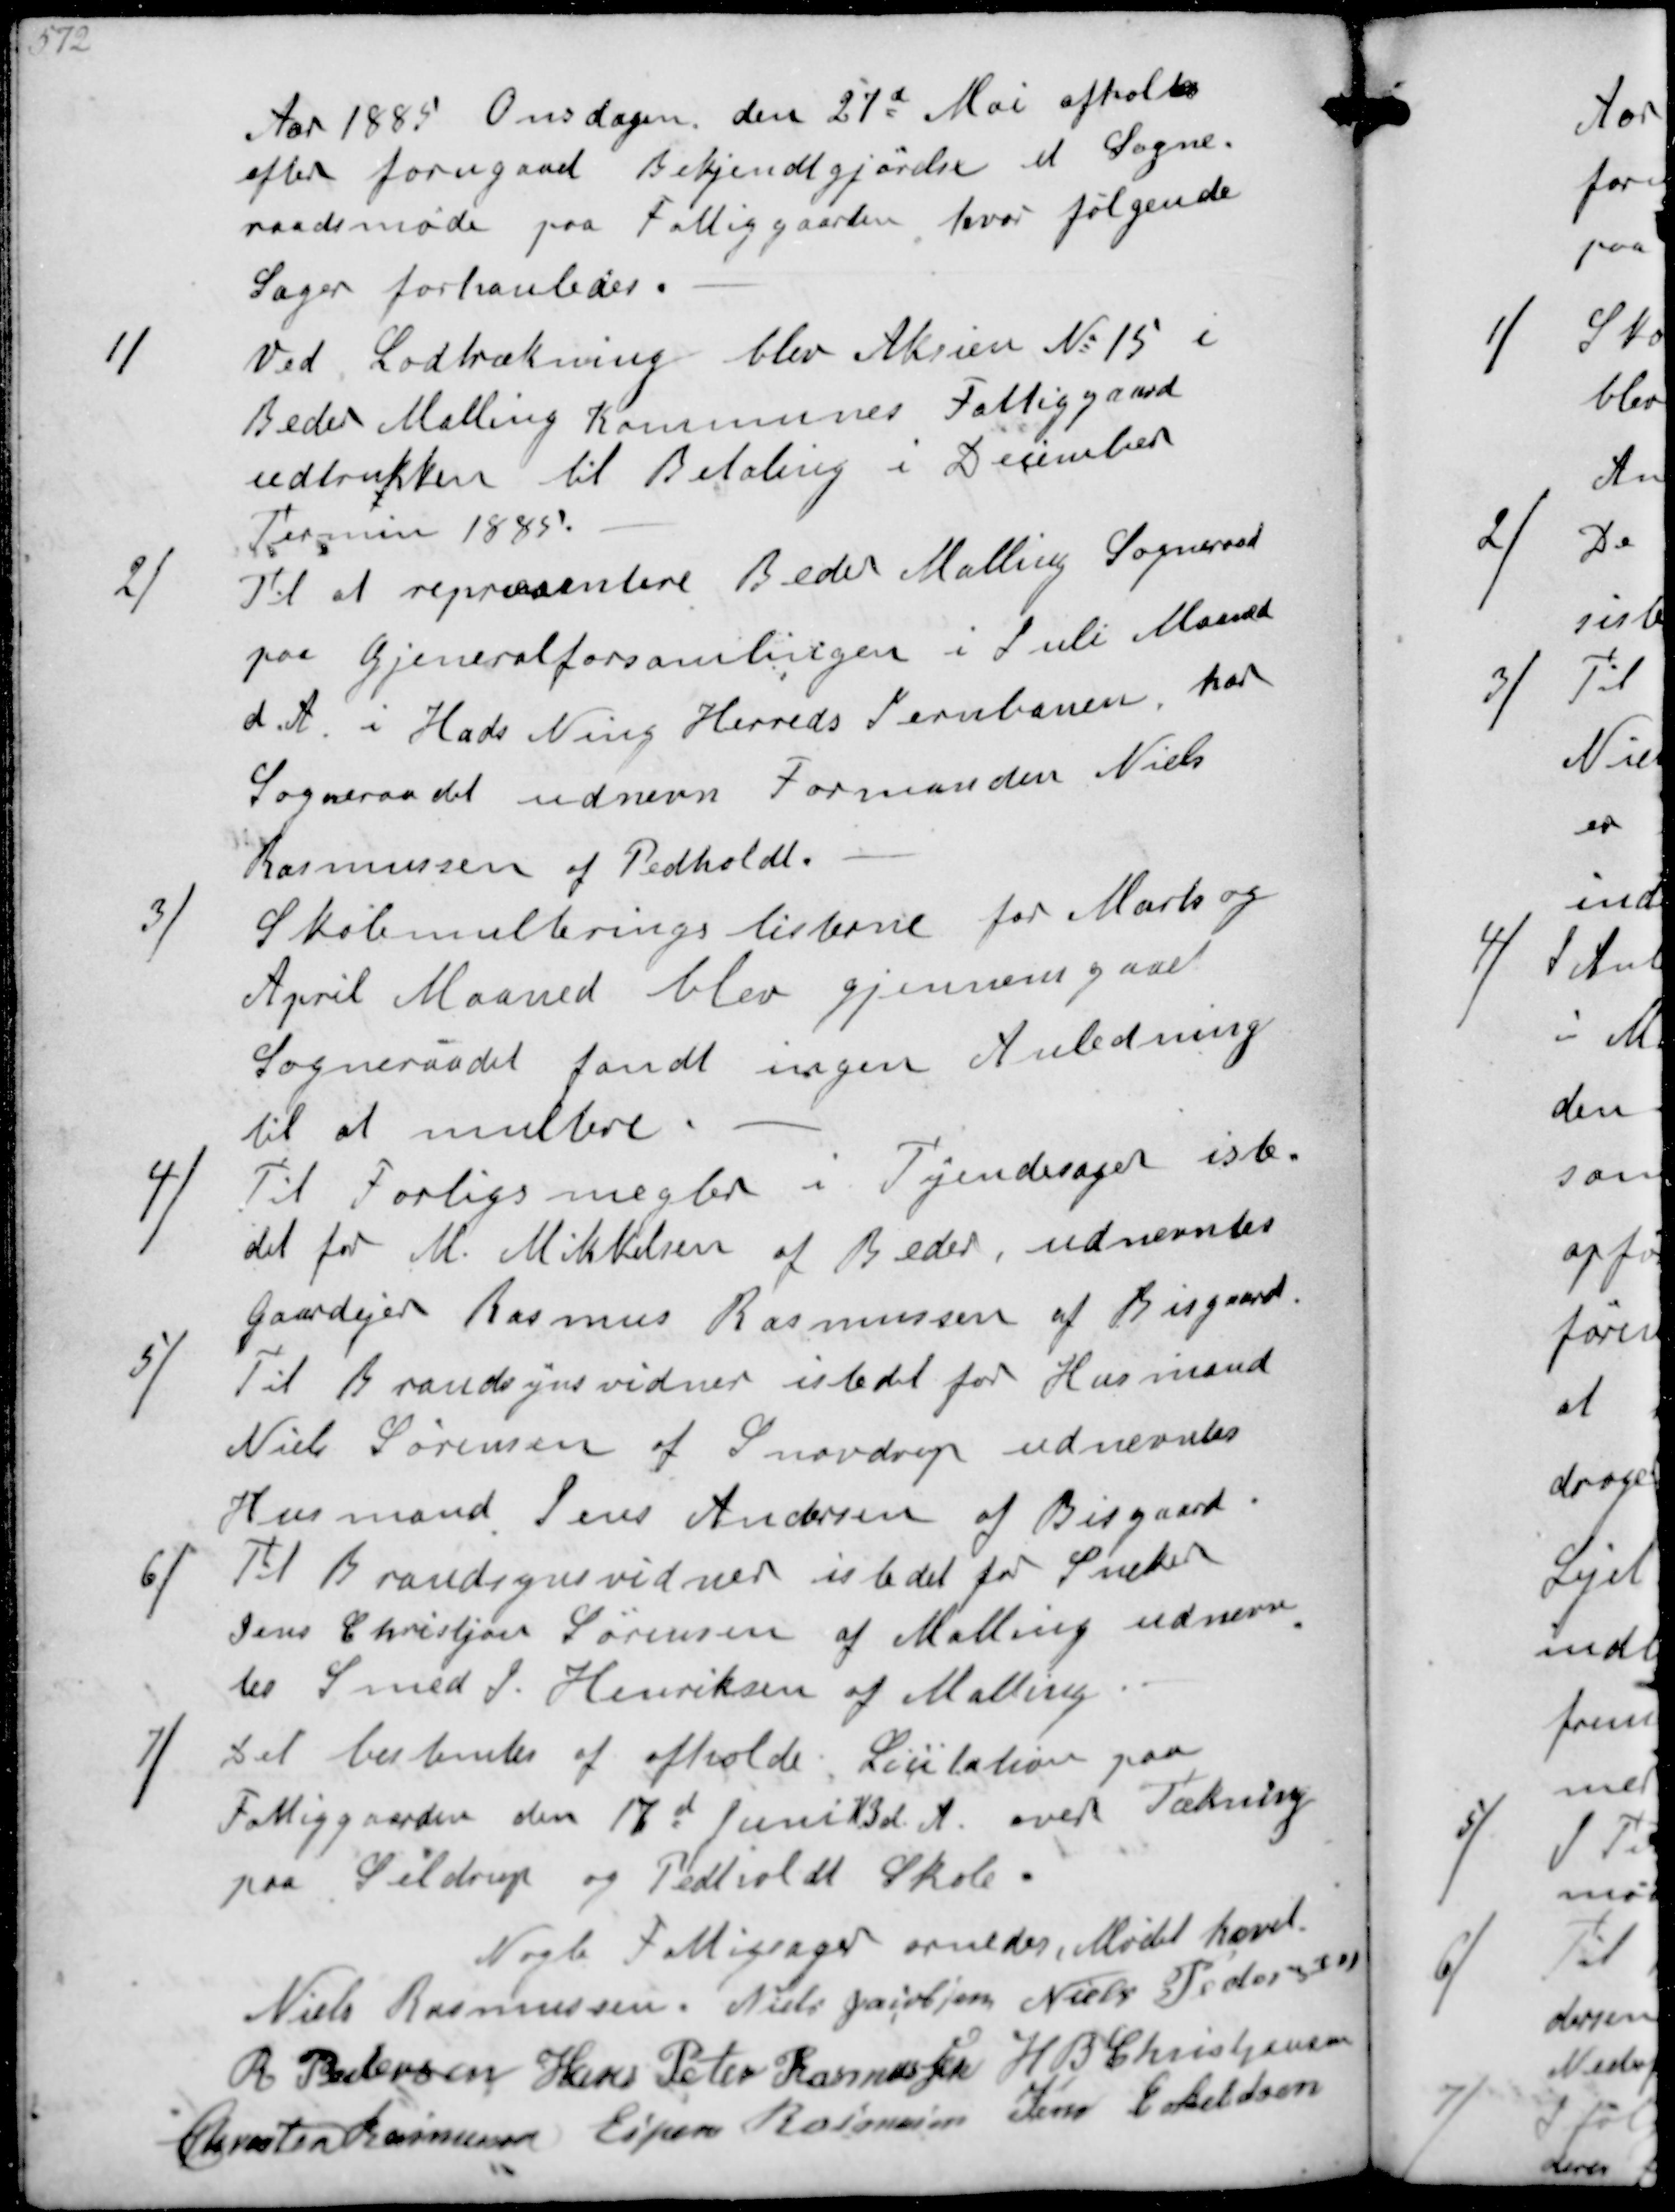
Transskription:
Aar 185 Onsdagen den 27d Mai afholtes
efter forugaaet Bekjendtgørelse et Sogne-
raadsmøde paa Fattiggaarden, hvor følgende
Sager forhanledes
1/
Ved Lodtrækning blev Aksien No 15 i
Beder Malling Kommunes Fattiggaard
udtrukken til Betaling i December
Termin 1885
2/
Til at repræsentere Beder Malling Sogneraad
paa Gjeneralforsamlingen i Juli Maaned
dette Aar i Hads Ning Herreds Jernbanen, har
Sogneraadet udnevn Formanden Niels
Rasmussen af Pedholdt
3/
Skolemulteringslisterne for Marts og
April Maaned blev gjennemgaaet
Sogneraadet fandt ingen Anledning
til at multere
4/
Til Forligsmegler i Tyendesager iste-
det for M Mikkelsen af Beder, udnevntes
Gaardejer Rasmus Rasmussen af Bisgaard
5/
Til Brandsynsvidner istedet for Husmand
Niels Sørensen af Snovdrup udnevntes
Husmand Jens Andersen af Bisgaard
6/
Til Brandsynsvidner istedet for Sneker
Jens Christjan Sørensen af Malling udnevn-
tes Smed I Henriksen af Malling
7/
Det bestemtes at afholde Licitation paa
Fattiggaarden den 17d Juni K3d.A overTækning
paa Seldrup pg Pedholdt Skole
Nogle Fattigsager ornedes. Mødet hævet
Niels Rasmussen
Niels Jacobsen
Niels Pedersen
R Pedersen
Hans Peter Rasmussen
H B Christjansen
Chresten Rasmussen
Espen Rasmussen
Jens Eskeldsen